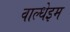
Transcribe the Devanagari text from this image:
वाल्धेइम